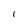
Character: 1